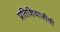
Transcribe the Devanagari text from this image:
प्रतिशिवाजीची